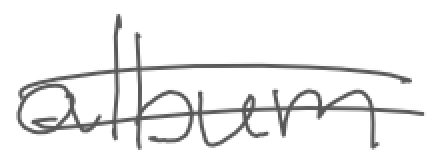
Text: album
Cross-out: double-line
Writing tool: digital_gray